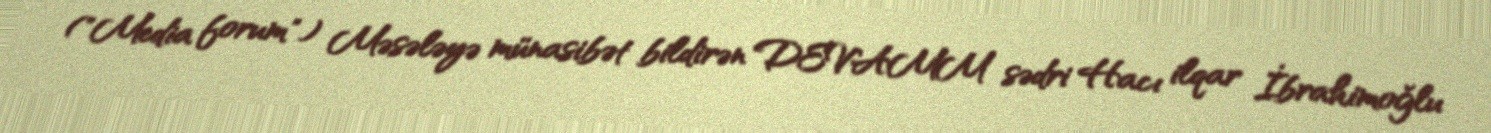
("Media forum") Məsələyə münasibət bildirən DEVAMM sədri Hacı ilqar İbrahimoğlu